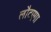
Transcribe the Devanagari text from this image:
लौटएगा